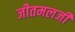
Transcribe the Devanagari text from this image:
जीतमलजी